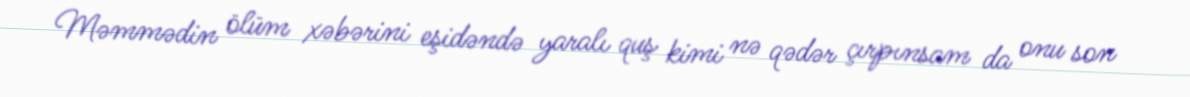
Məmmədin ölüm xəbərini eşidəndə yaralı quş kimi nə qədər çırpınsam da onu son